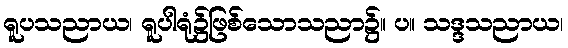
ရူပသညာယ၊ ရူပါရုံ၌ဖြစ်သောသညာ၌။ ပ။ သဒ္ဒသညာယ၊